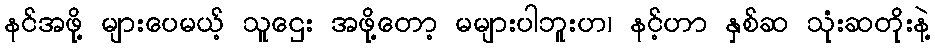
နင်အဖို့ များပေမယ့် သူဌေး အဖို့တော့ မများပါဘူးဟ၊ နင့်ဟာ နှစ်ဆ သုံးဆတိုးနဲ့